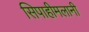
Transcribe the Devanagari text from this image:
सिपाहीमलानी